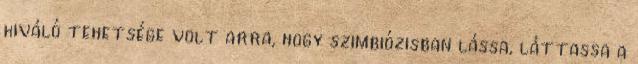
kiváló tehetsége volt arra, hogy szimbiózisban lássa, láttassa a